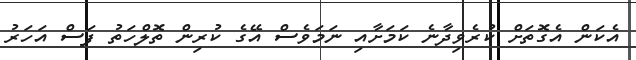
އެކަން އެގޮތަށް ކުރެވިދާނެ ކަމަށާއި ނަމަވެސް އޭގެ ކުރިން ތޮލްހަތު ފަސް އަހަރު